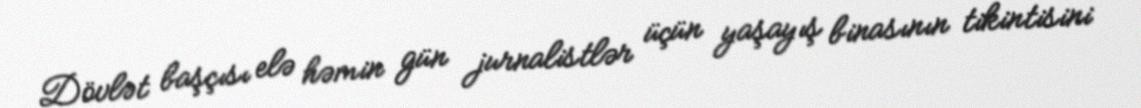
Dövlət başçısı elə həmin gün jurnalistlər üçün yaşayış binasının tikintisini